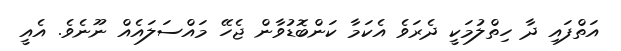
އަތްފައި ދާ ހިތްލުމަކީ ދެރަވެ އެކަމާ ކަންބޮޑުވާން ޖެހޭ މައްސަލައެއް ނޫނެވެ. އެއީ